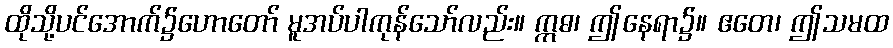
ထိုသို့ပင်အောက်၌ဟောတော် မူအပ်ပါကုန်သော်လည်း။ ဣဓ၊ ဤနေရာ၌။ ဧတေ၊ ဤသမထ